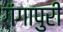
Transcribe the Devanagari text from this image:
गंगापुरी